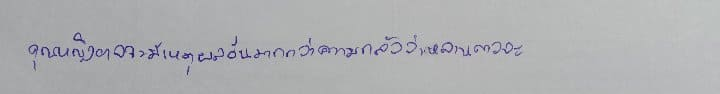
คุณหญิงอาจจะมีเหตุผลอื่นมากกว่าความกลัวว่าหลานสาวจะ